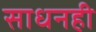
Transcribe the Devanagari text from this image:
साधनही